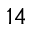
1 4